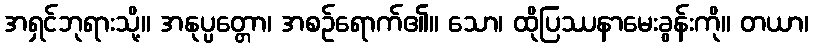
အရှင်ဘုရားသို့။ အနုပ္ပတ္တော၊ အစဉ်ရောက်၏။ သော၊ ထိုပြဿနာမေးခွန်းကို။ တယာ၊